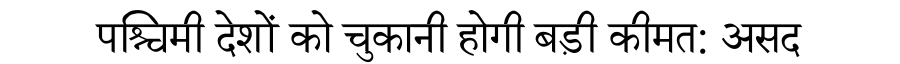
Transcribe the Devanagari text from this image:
पश्चिमी देशों को चुकानी होगी बड़ी कीमत: असद